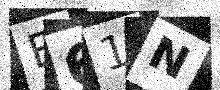
Text: E61N